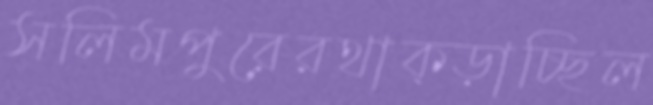
সলিমপুরেরথাক্‌ড়াচ্ছিল